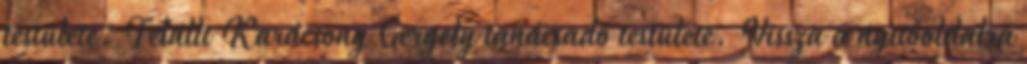
testülete. Felállt Karácsony Gergely tanácsadó testülete. Vissza a nyitóoldalra